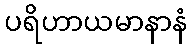
ပရိဟာယမာနာနံ